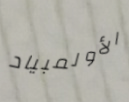
الأولمبياد